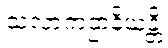
သလာကဌာနိယန္တိ